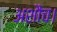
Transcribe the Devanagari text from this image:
अशौच।